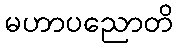
မဟာပညောတိ